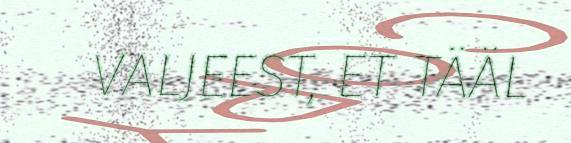
VALJEEST, ET TÄÄL